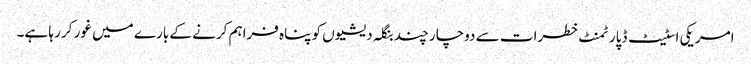
امریکی اسٹیٹ ڈپارٹمنٹ خطرات سے دوچار چند بنگلہ دیشیوں کو پناہ فراہم کرنے کے بارے میں غور کر رہا ہے۔